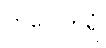
တပေါကရံ